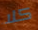
كلا